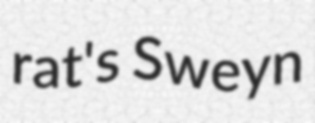
rat's Sweyn